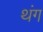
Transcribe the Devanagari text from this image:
थंग